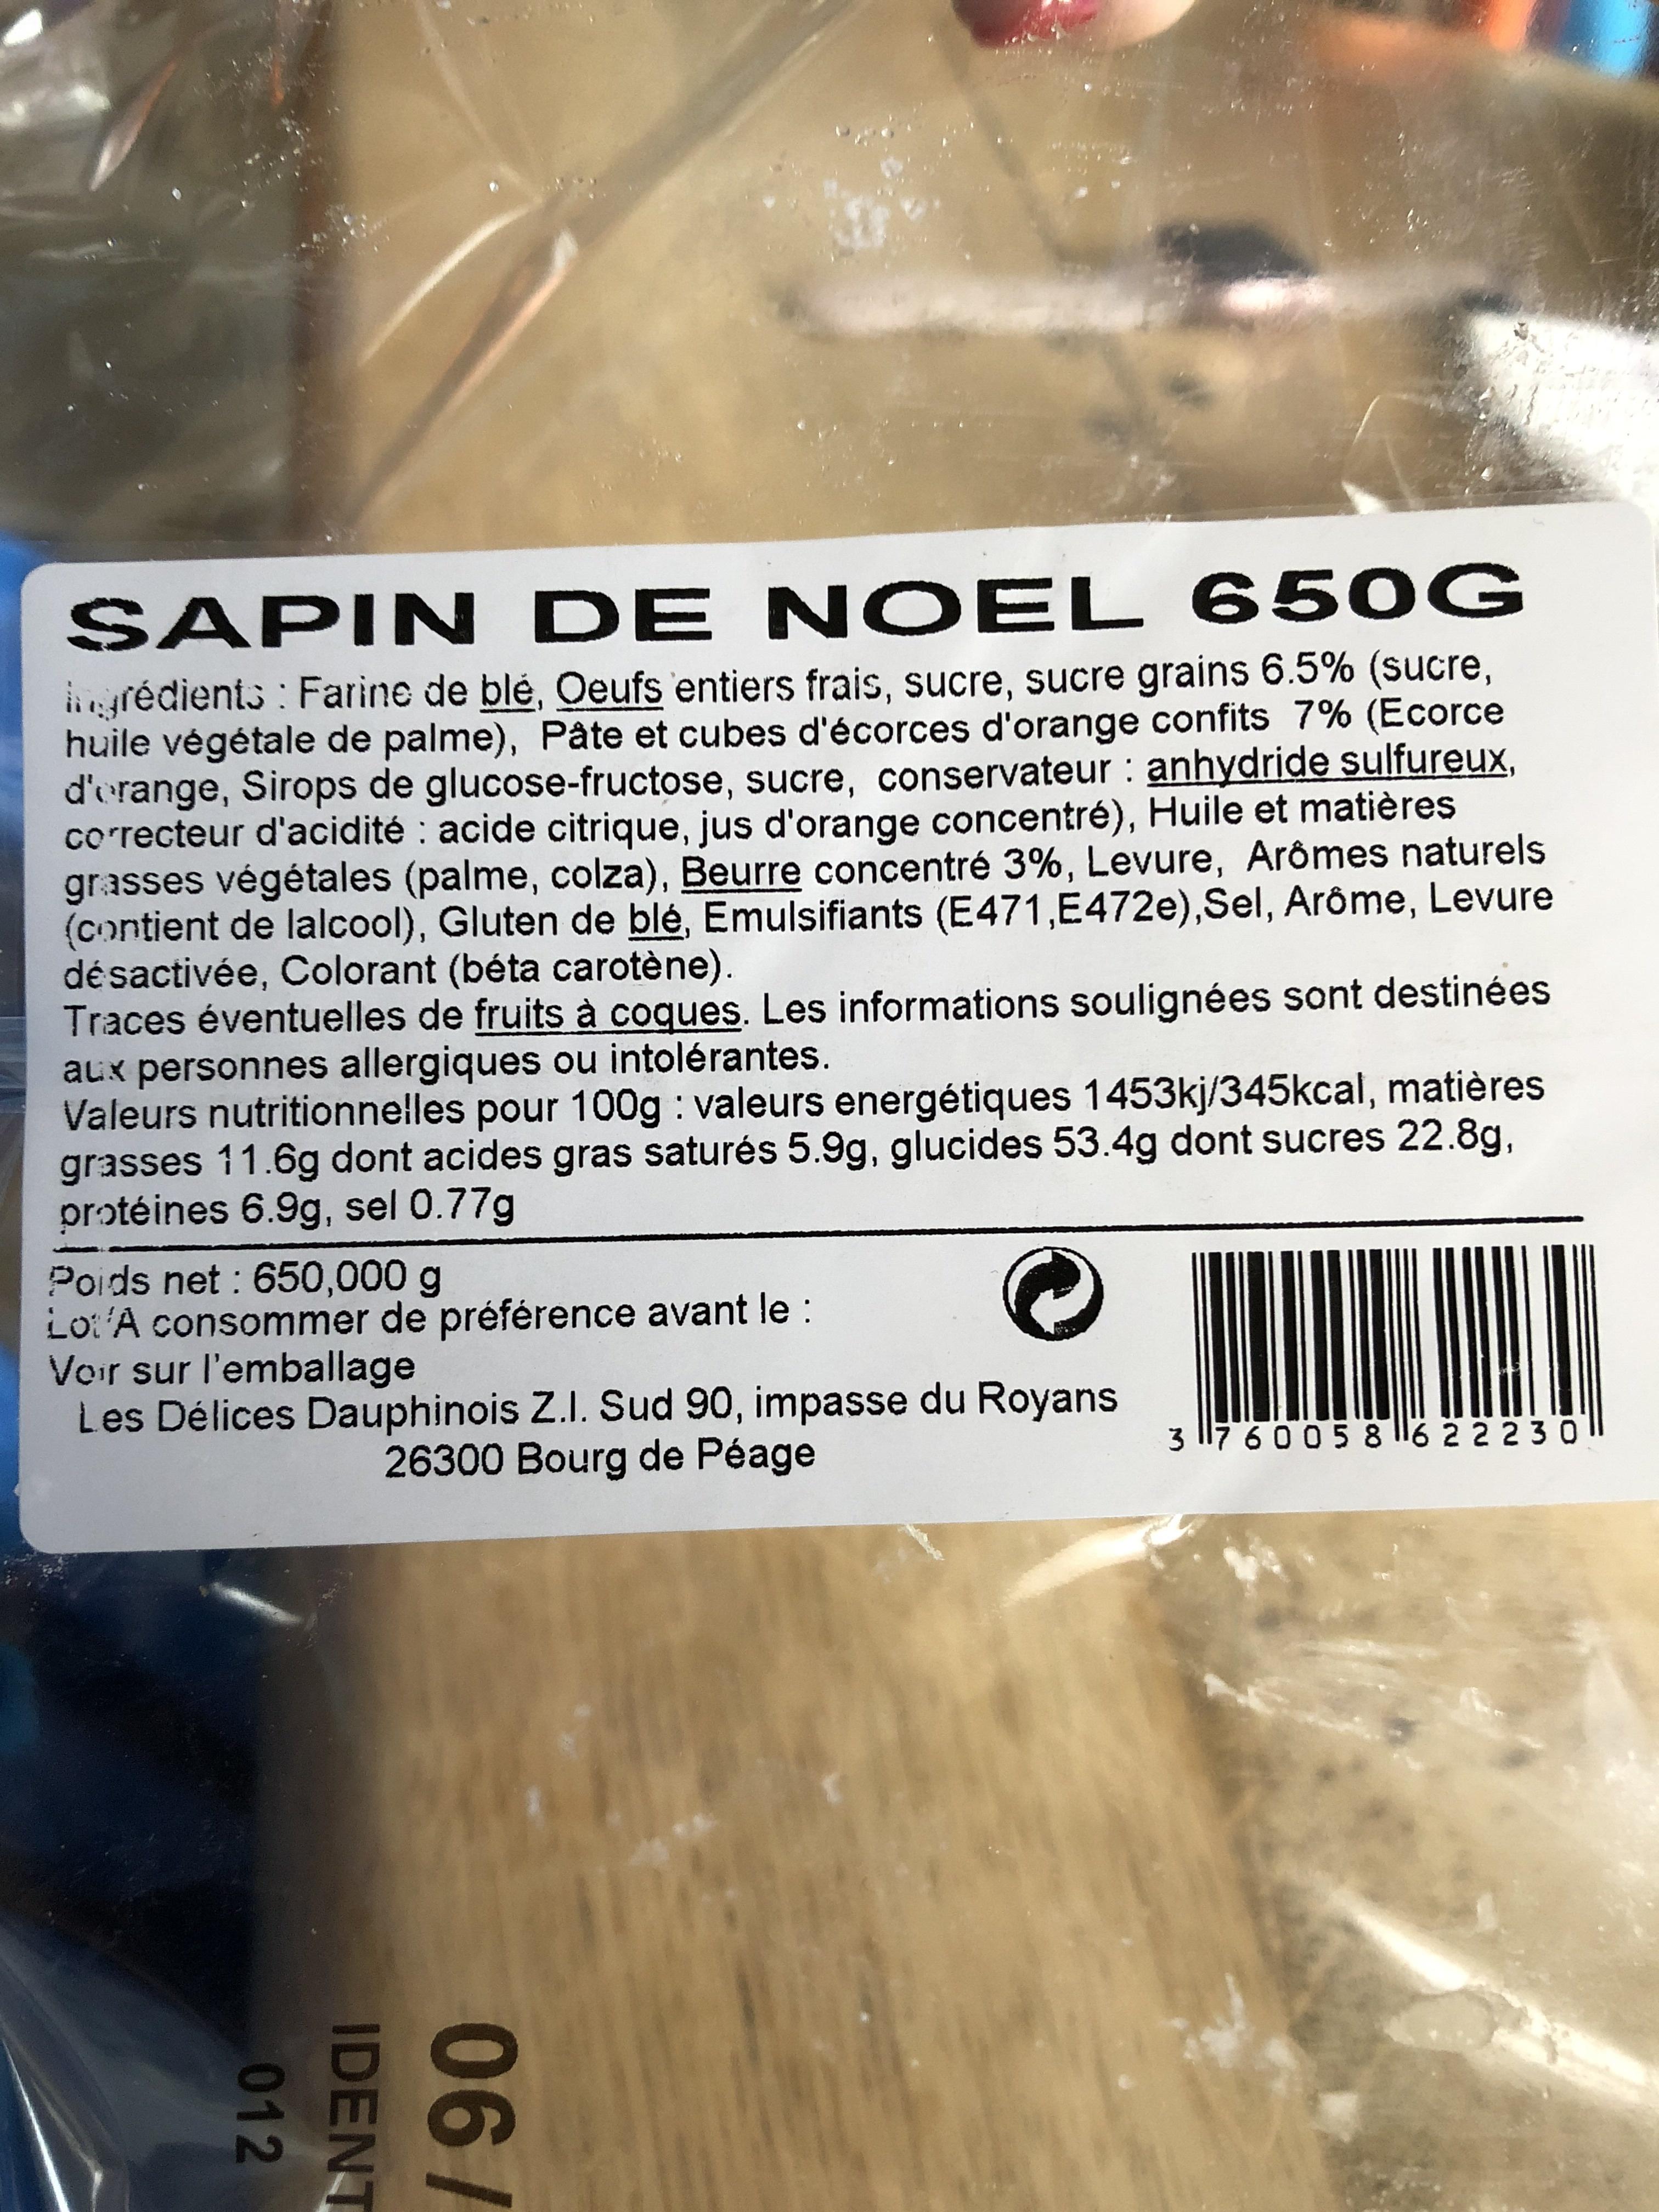
SAPIN DE NOEL
650G
hgrédients : Farine de blé, Oeufs entiers frais, sucre, sucre grains 6.5% (sucre, huile végétale de palme), Pâte et cubes d'écorces d'orange confits 7% (Ecorce d'orange, Sirops de glucose-fructose, sucre, conservateur anhydride sulfureux, correcteur d'acidité : acide citrique, jus d'orange concentré), Huile et matières grasses végétales (palme, colza), Beurre concentré 3%, Levure, Arômes naturels (contient de lalcool), Gluten de blé, Emulsifiants (E471, E472e), Sel, Arôme, Levure désactivée, Colorant (béta carotène).
Traces éventuelles de fruits à coques. Les informations soulignées sont destinées aux personnes allergiques ou intolérantes.
Valeurs nutritionnelles pour 100g: valeurs energétiques 1453kj/345kcal, matières grasses 11.6g dont acides gras saturés 5.9g, glucides 53.4g dont sucres 22.8g, protéines 6.9g, sel 0.77g
Poids net : 650,000 g
Lot A consommer de préférence avant le :
Voir sur l'emballage
Les Délices Dauphinois Z.I. Sud 90, impasse du Royans 26300 Bourg de Péage
012
IDENT
/90
3 117 6 0 0 5 8 16 2 2 230